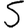
Digit: 5